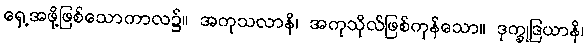
ရှေ့အဖို့ဖြစ်သောကာလ၌။ အကုသလာနိ၊ အကုသိုလ်ဖြစ်ကုန်သော။ ဒုက္ခုဒြယာနိ၊